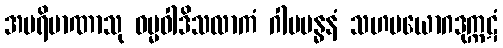
အပရိမာဏာသု ဓမ္မဝါဒိသလာကံ ဂါမဗန္ဓနံ သဟပယောဂဒုက္ကဋံ